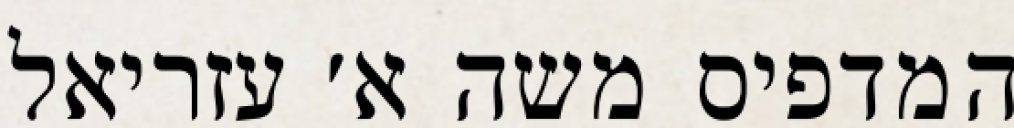
המדפיס משה א׳ עזריאל